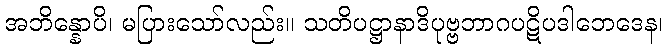
အဘိန္နောပိ၊ မပြားသော်လည်း။ သတိပဋ္ဌာနာဒိပုဗ္ဗဘာဂပဋိပဒါဘေဒေန၊